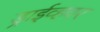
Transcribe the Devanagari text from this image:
ड्राईव्हवर